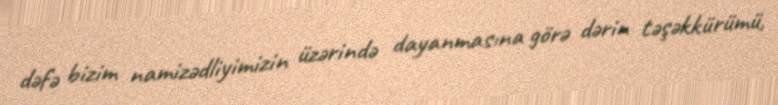
dəfə bizim namizədliyimizin üzərində dayanmasına görə dərin təşəkkürümü,